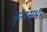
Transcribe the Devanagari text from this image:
नृत्यसभा